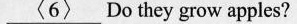
\underline{<6>}Do they grow apples?